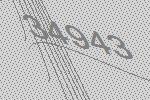
34943